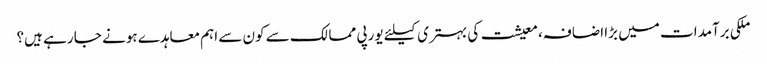
ملکی برآمدات میں بڑا اضافہ، معیشت کی بہتری کیلئے یورپی ممالک سے کون سے اہم معاہدے ہونے جا رہے ہیں؟